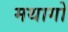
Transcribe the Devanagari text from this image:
मथागो